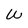
Character: W